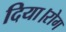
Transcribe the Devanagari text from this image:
दिया।रोग